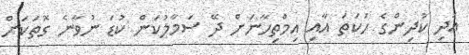
އަދި ކުދިންގެ ހަކަތަ އާއި އިމްތިހާނަށް ދޭ ސަމާލުކަން ކުޑަ ނުވާނެ ގޮތަކަށް